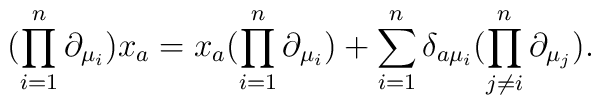
(\prod\limits_{i=1}^{n}\partial_{\mu_i})x_a = x_a (\prod\limits_{i=1}^{n}\partial_{\mu_i})+\sum\limits_{i=1}^{n}\delta_{a \mu_i}(\prod\limits_{j\ne i}^{n}\partial_{\mu_j}).